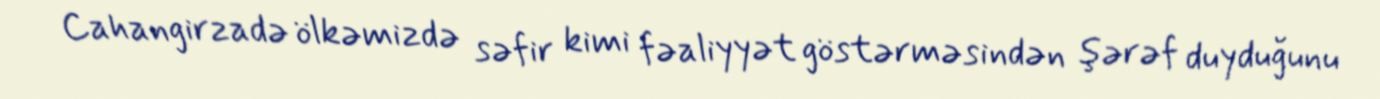
Cahangirzadə ölkəmizdə səfir kimi fəaliyyət göstərməsindən şərəf duyduğunu